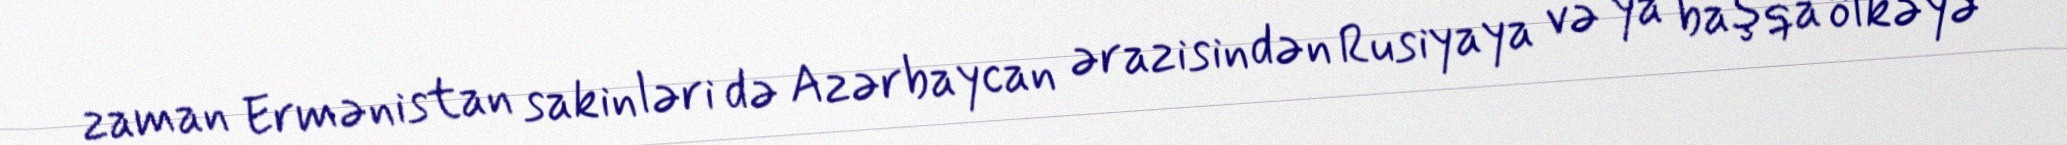
zaman Ermənistan sakinləri də Azərbaycan ərazisindən Rusiyaya və ya başqa ölkəyə